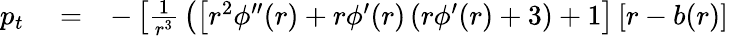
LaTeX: \begin{array}{rlr}{p_{t}}&{{}=}&{-\left[{\frac{1}{r^{3}}}\left(\left[r^{2}\phi^{\prime\prime}(r)+r\phi^{\prime}(r)\left(r\phi^{\prime}(r)+3\right)+1\right]\left[r-b(r)\right]\right.\right.}\end{array}